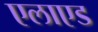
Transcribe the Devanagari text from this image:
एलाएड